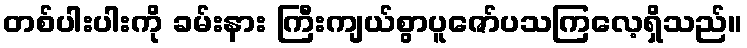
တစ်ပါးပါးကို ခမ်းနား ကြီးကျယ်စွာပူဇော်ပသကြလေ့ရှိသည်။